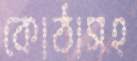
কোঠাসহ